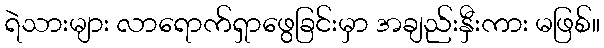
ရဲသားများ လာရောက်ရှာဖွေခြင်းမှာ အချည်းနှီးကား မဖြစ်။